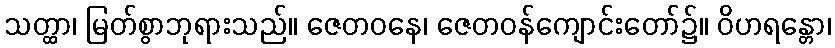
သတ္ထာ၊ မြတ်စွာဘုရားသည်။ ဇေတဝနေ၊ ဇေတဝန်ကျောင်းတော်၌။ ဝိဟရန္တော၊